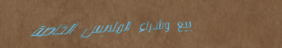
بيع وشراء الملابس الخاصة